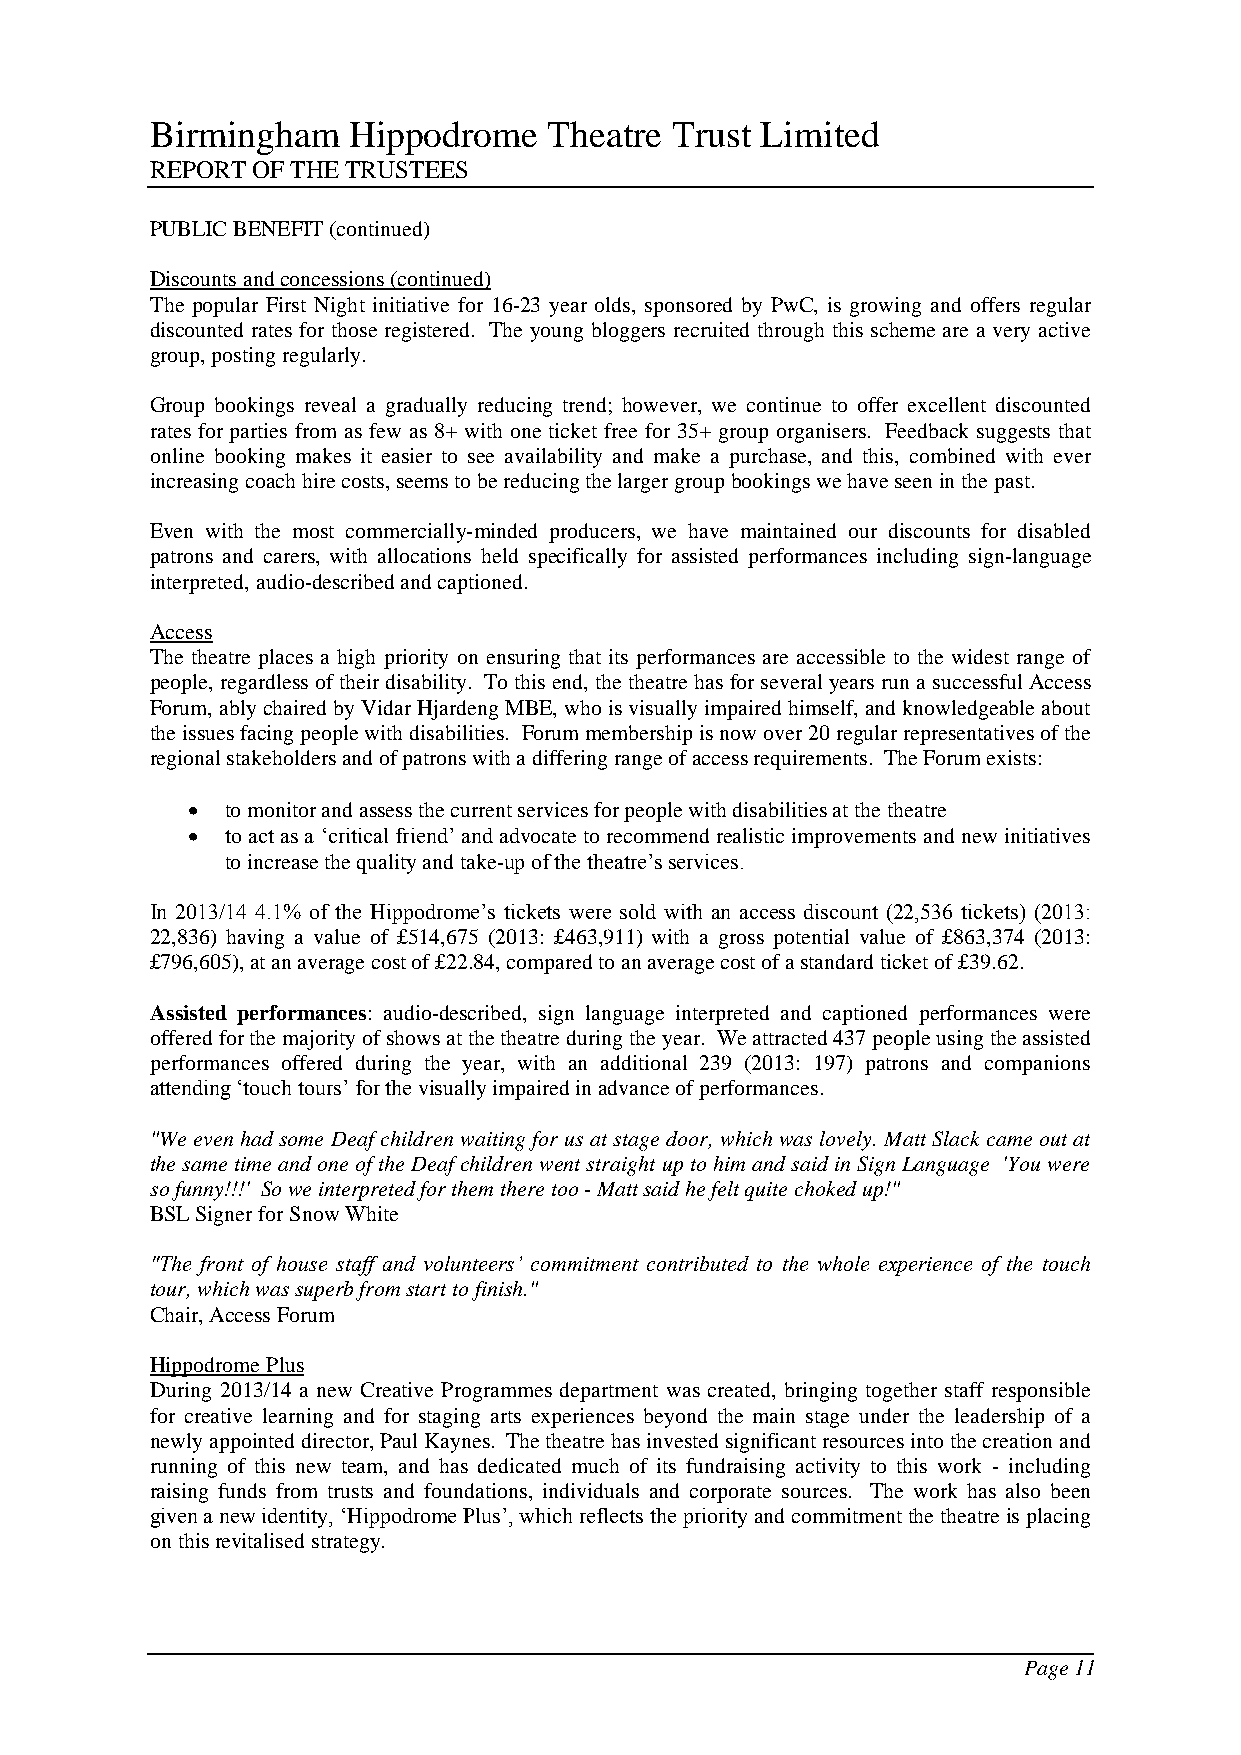
Birmingham   Hippodrome   Theatre Trust Limited
 REPORT OF THE TRUSTEES
 PUBLIC BENEFIT (continued)
 Discounts and concessions (continued)
 The popular First Night initiative for 16-23 year olds, sponsored by PwC, is growing and offers regular
 discounted rates for those registered. The young bloggers recruited through this scheme are a very active
 group, posting regularly.
 Group bookings reveal a gradually reducing trend; however, we continue to offer excellent discounted
 rates for parties from as few as 8+ with one ticket free for 35+ group organisers. Feedback suggests that
 online booking makes it easier to see availability and make a purchase, and this, combined with ever
 increasing coach hire costs, seems to be reducing the larger group bookings we have seen in the past.
 Even with the most commercially-minded producers, we have maintained our discounts for disabled
 patrons and carers, with allocations held specifically for assisted performances including sign-language
 interpreted, audio-described and captioned.
 Access
 The theatre places a high priority on ensuring that its performances are accessible to the widest range of
 people, regardless of their disability. To this end, the theatre has for several years run a successful Access
 Forum, ably chaired by Vidar Hjardeng MBE, who is visually impaired himself, and knowledgeable about
 the issues facing people with disabilities. Forum membership is now over 20 regular representatives of the
 regional stakeholders and of patrons with a differing range of access requirements. The Forum exists:
   to monitor and assess the current services for people with disabilities at the theatre
   to act as a ‘critical friend’ and advocate to recommend realistic improvements and new initiatives
 to increase the quality and take-up of the theatre’s services.
 In 2013/14 4.1% of the Hippodrome’s tickets were sold with an access discount (22,536 tickets) (2013:
 22,836) having a value of £514,675 (2013: £463,911) with a gross potential value of £863,374 (2013:
 £796,605), at an average cost of £22.84, compared to an average cost of a standard ticket of £39.62.
 Assisted performances: audio-described, sign language interpreted and captioned performances were
 offered for the majority of shows at the theatre during the year. We attracted 437 people using the assisted
 performances offered during the year, with an additional 239 (2013: 197) patrons and companions
 attending ‘touch tours’ for the visually impaired in advance of performances.
 "We even had some Deaf children waiting for us at stage door, which was lovely. Matt Slack came out at
 the same time and one of the Deaf children went straight up to him and said in Sign Language 'You were
 so funny!!!' So we interpreted for them there too - Matt said he felt quite choked up!"
 BSL Signer for Snow White
 "The front of house staff and volunteers’ commitment contributed to the whole experience of the touch
 tour, which was superb from start to finish."
 Chair, Access Forum
 Hippodrome Plus
 During 2013/14 a new Creative Programmes department was created, bringing together staff responsible
 for creative learning and for staging arts experiences beyond the main stage under the leadership of a
 newly appointed director, Paul Kaynes. The theatre has invested significant resources into the creation and
 running of this new team, and has dedicated much of its fundraising activity to this work - including
 raising funds from trusts and foundations, individuals and corporate sources. The work has also been
 given a new identity, ‘Hippodrome Plus’, which reflects the priority and commitment the theatre is placing
 on this revitalised strategy.
 Page 11